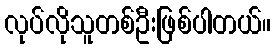
လုပ်လိုသူတစ်ဦးဖြစ်ပါတယ်။